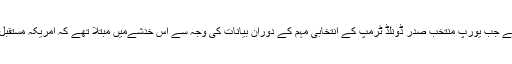
صدر أوباما کا یہ پیغام ایک ایسے موقع پر سامنے آیا ہے جب یورپ منتخب صدر ڈونلڈ ٹرمپ کے انتخابی مہم کے دوران بیانات کی وجہ سے اس خدشےمیں مبتلا تھے کہ امریکہ مستقبل میں خود کو اپنی سرحدوں تک محدود رکھنا چاہتا ہے۔